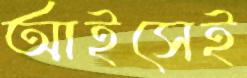
আইসেই